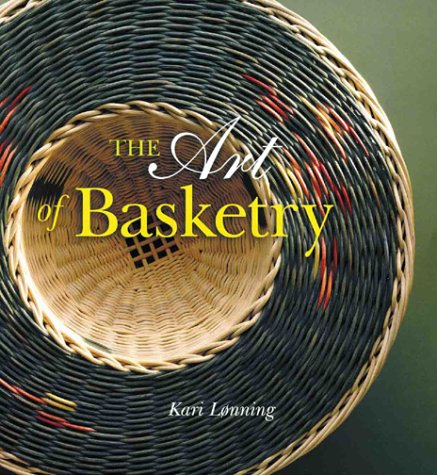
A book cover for The Art of Basketry; Kari Lonning; Crafts, Hobbies & Home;